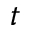
t